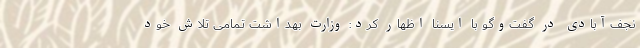
نجف‌آبادی در گفت‌وگو با ایسنا اظهار کرد: وزارت بهداشت تمامی تلاش خود